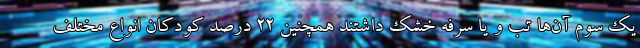
یک سوم آن‌ها تب و یا سرفه خشک داشتند همچنین ۲۲ درصد کودکان انواع مختلف